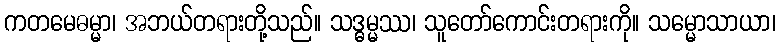
ကတမေဓမ္မာ၊ အဘယ်တရားတို့သည်။ သဒ္ဓမ္မဿ၊ သူတော်ကောင်းတရားကို။ သမ္မောသာယာ၊